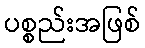
ပစ္စည်းအဖြစ်